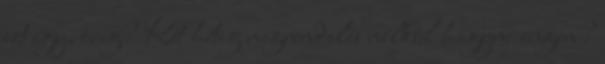
ezt így, öreg? Két hétig megrendelés nélkül hagyni engem?